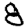
Digit: 8